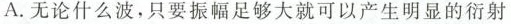
A.无论什么波，只要振幅足够大就可以产生明显的衍射